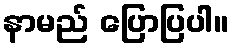
နာမည် ပြောပြပါ။